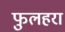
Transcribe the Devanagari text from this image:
फुलहरा